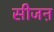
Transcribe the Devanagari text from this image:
सीजऩ